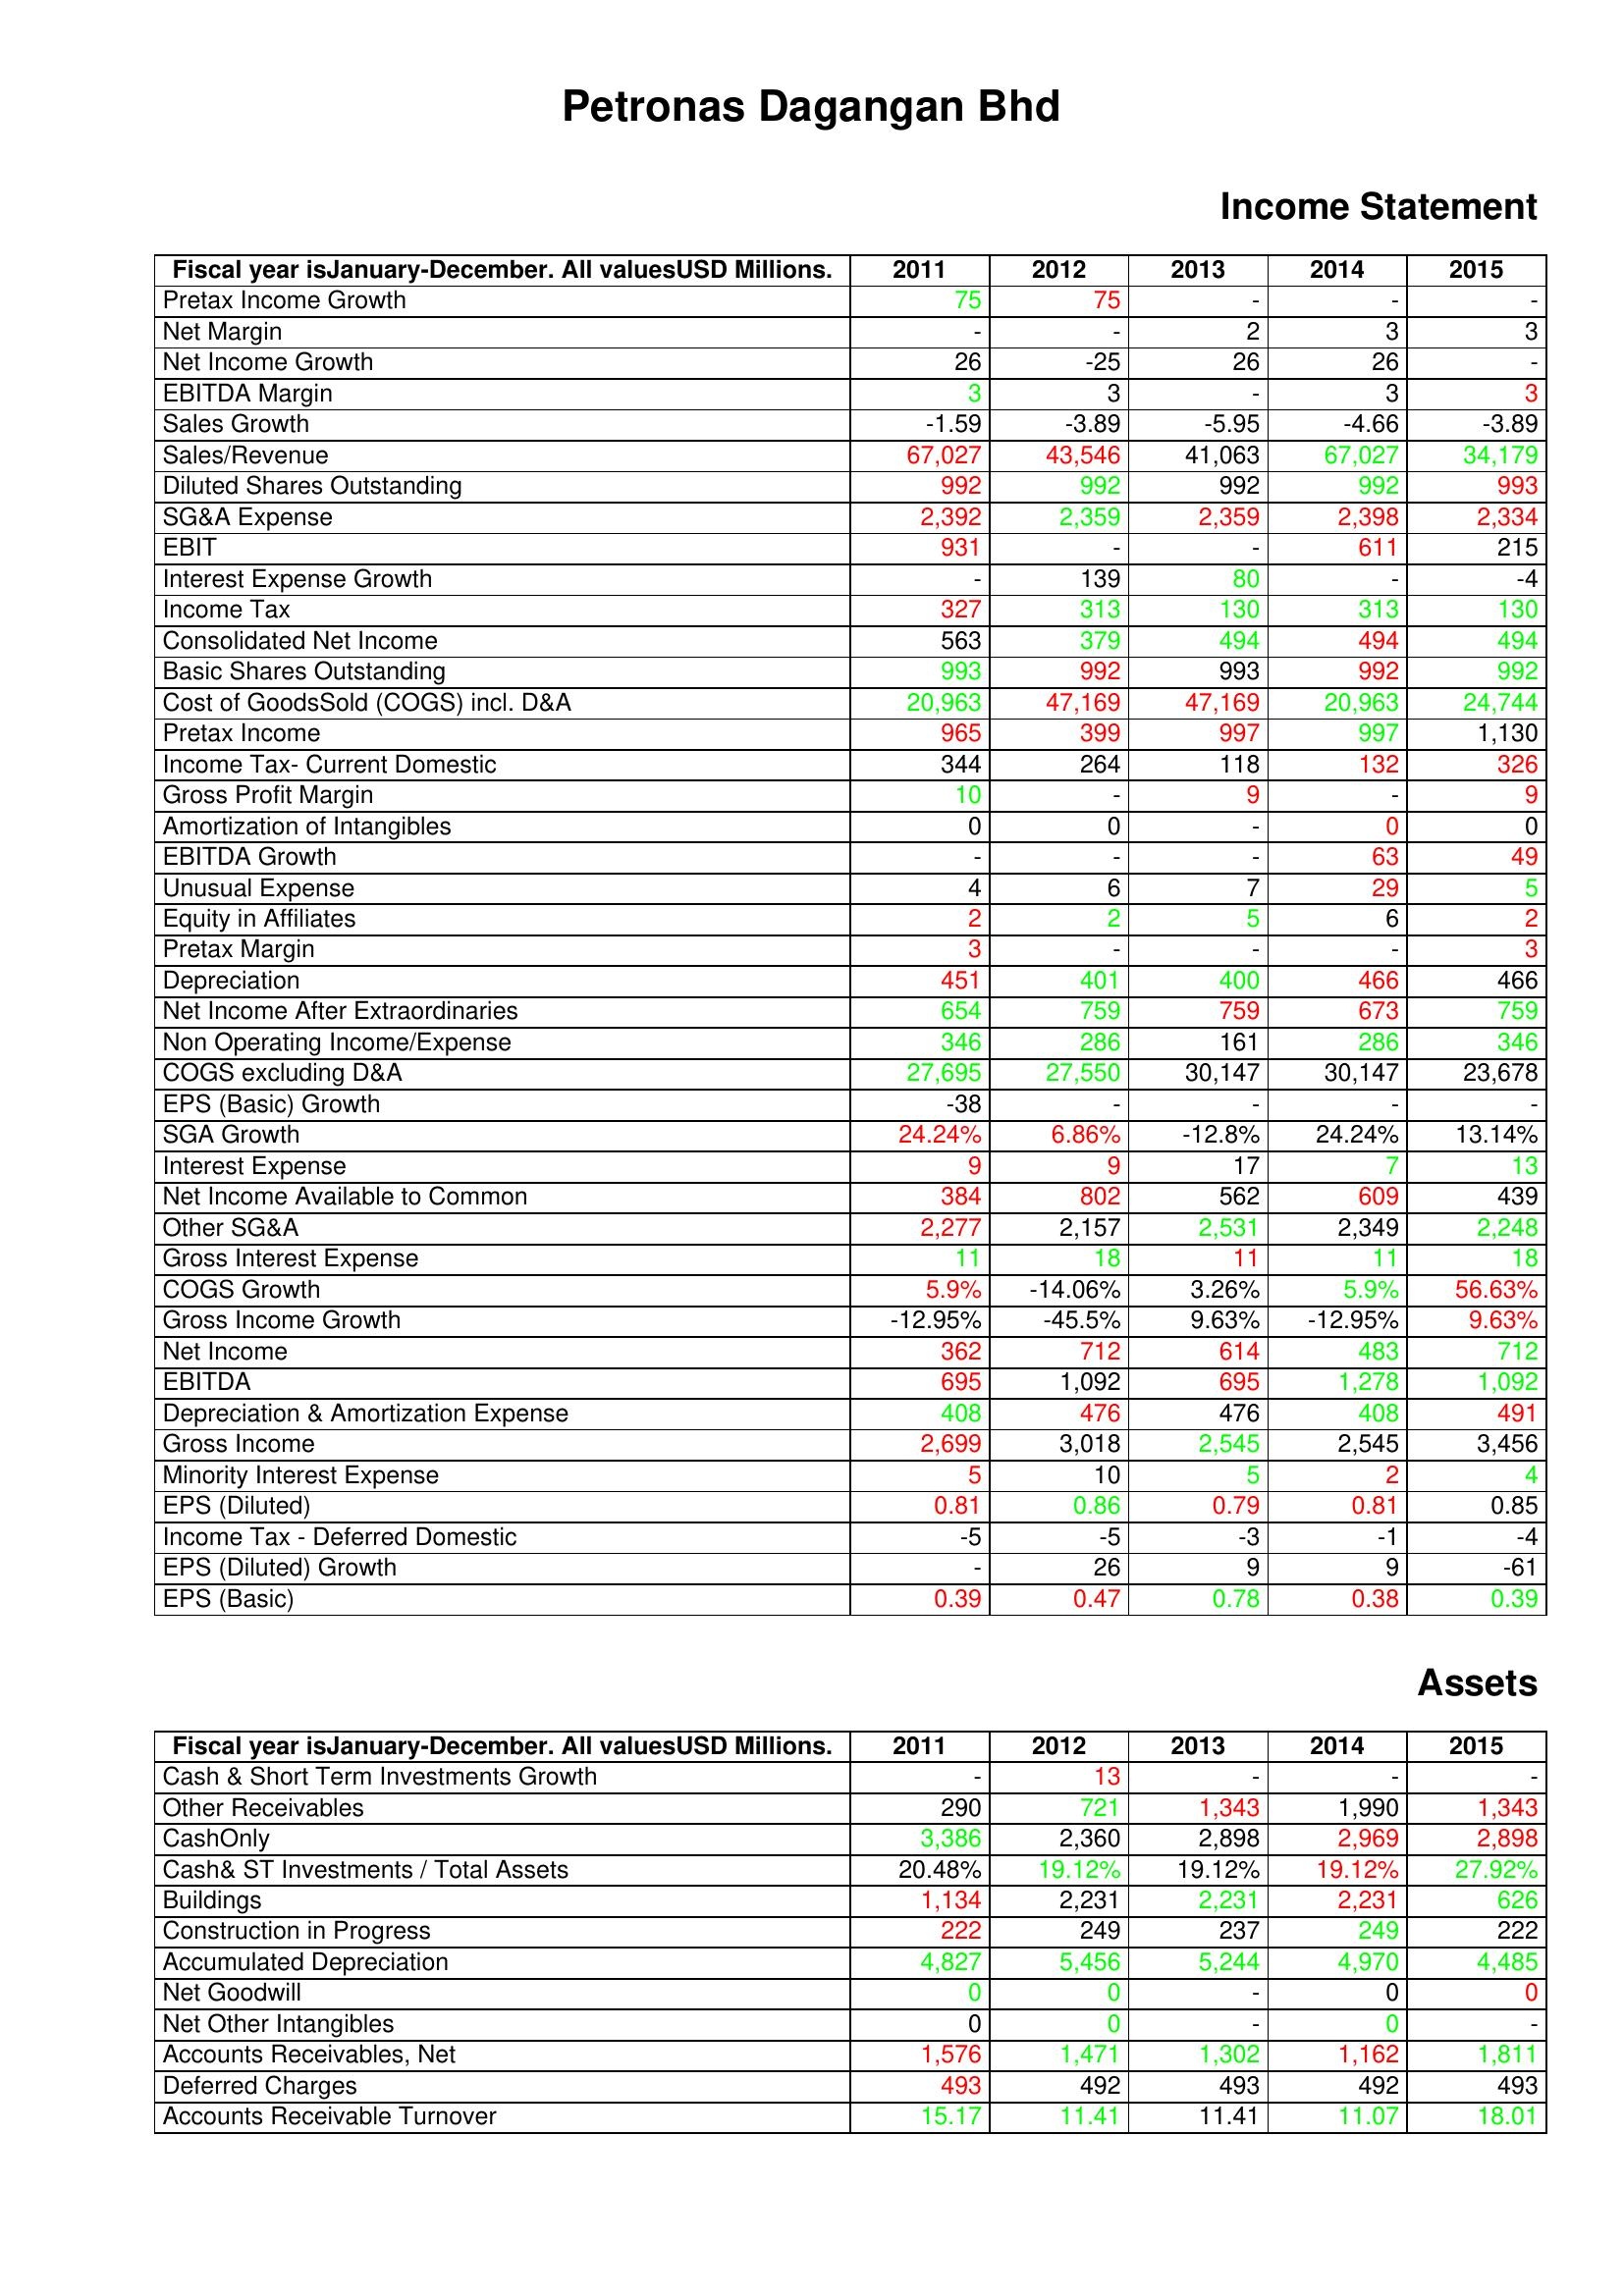
gt_parse: 2011: Income Statement: Pretax Income Growth: 75
Net Margin: -
Net Income Growth: 26
EBITDA Margin: 3
Sales Growth: -1.59
Sales/Revenue: 67,027
Diluted Shares Outstanding: 992
SG&A Expense: 2,392
EBIT: 931
Interest Expense Growth: -
Income Tax: 327
Consolidated Net Income: 563
Basic Shares Outstanding: 993
Cost of GoodsSold (COGS) incl. D&A: 20,963
Pretax Income: 965
Income Tax- Current Domestic: 344
Gross Profit Margin: 10
Amortization of Intangibles: 0
EBITDA Growth: -
Unusual Expense: 4
Equity in Affiliates: 2
Pretax Margin: 3
Depreciation: 451
Net Income After Extraordinaries: 654
Non Operating Income/Expense: 346
COGS excluding D&A: 27,695
EPS (Basic) Growth: -38
SGA Growth: 24.24%
Interest Expense: 9
Net Income Available to Common: 384
Other SG&A: 2,277
Gross Interest Expense: 11
COGS Growth: 5.9%
Gross Income Growth: -12.95%
Net Income: 362
EBITDA: 695
Depreciation & Amortization Expense: 408
Gross Income: 2,699
Minority Interest Expense: 5
EPS (Diluted): 0.81
Income Tax - Deferred Domestic: -5
EPS (Diluted) Growth: -
EPS (Basic): 0.39
Assets: Cash & Short Term Investments Growth: -
Other Receivables: 290
CashOnly: 3,386
Cash& ST Investments / Total Assets: 20.48%
Buildings: 1,134
Construction in Progress: 222
Accumulated Depreciation: 4,827
Net Goodwill: 0
Net Other Intangibles: 0
Accounts Receivables, Net: 1,576
Deferred Charges: 493
Accounts Receivable Turnover: 15.17
2012: Income Statement: Pretax Income Growth: 75
Net Margin: -
Net Income Growth: -25
EBITDA Margin: 3
Sales Growth: -3.89
Sales/Revenue: 43,546
Diluted Shares Outstanding: 992
SG&A Expense: 2,359
EBIT: -
Interest Expense Growth: 139
Income Tax: 313
Consolidated Net Income: 379
Basic Shares Outstanding: 992
Cost of GoodsSold (COGS) incl. D&A: 47,169
Pretax Income: 399
Income Tax- Current Domestic: 264
Gross Profit Margin: -
Amortization of Intangibles: 0
EBITDA Growth: -
Unusual Expense: 6
Equity in Affiliates: 2
Pretax Margin: -
Depreciation: 401
Net Income After Extraordinaries: 759
Non Operating Income/Expense: 286
COGS excluding D&A: 27,550
EPS (Basic) Growth: -
SGA Growth: 6.86%
Interest Expense: 9
Net Income Available to Common: 802
Other SG&A: 2,157
Gross Interest Expense: 18
COGS Growth: -14.06%
Gross Income Growth: -45.5%
Net Income: 712
EBITDA: 1,092
Depreciation & Amortization Expense: 476
Gross Income: 3,018
Minority Interest Expense: 10
EPS (Diluted): 0.86
Income Tax - Deferred Domestic: -5
EPS (Diluted) Growth: 26
EPS (Basic): 0.47
Assets: Cash & Short Term Investments Growth: 13
Other Receivables: 721
CashOnly: 2,360
Cash& ST Investments / Total Assets: 19.12%
Buildings: 2,231
Construction in Progress: 249
Accumulated Depreciation: 5,456
Net Goodwill: 0
Net Other Intangibles: 0
Accounts Receivables, Net: 1,471
Deferred Charges: 492
Accounts Receivable Turnover: 11.41
2013: Income Statement: Pretax Income Growth: -
Net Margin: 2
Net Income Growth: 26
EBITDA Margin: -
Sales Growth: -5.95
Sales/Revenue: 41,063
Diluted Shares Outstanding: 992
SG&A Expense: 2,359
EBIT: -
Interest Expense Growth: 80
Income Tax: 130
Consolidated Net Income: 494
Basic Shares Outstanding: 993
Cost of GoodsSold (COGS) incl. D&A: 47,169
Pretax Income: 997
Income Tax- Current Domestic: 118
Gross Profit Margin: 9
Amortization of Intangibles: -
EBITDA Growth: -
Unusual Expense: 7
Equity in Affiliates: 5
Pretax Margin: -
Depreciation: 400
Net Income After Extraordinaries: 759
Non Operating Income/Expense: 161
COGS excluding D&A: 30,147
EPS (Basic) Growth: -
SGA Growth: -12.8%
Interest Expense: 17
Net Income Available to Common: 562
Other SG&A: 2,531
Gross Interest Expense: 11
COGS Growth: 3.26%
Gross Income Growth: 9.63%
Net Income: 614
EBITDA: 695
Depreciation & Amortization Expense: 476
Gross Income: 2,545
Minority Interest Expense: 5
EPS (Diluted): 0.79
Income Tax - Deferred Domestic: -3
EPS (Diluted) Growth: 9
EPS (Basic): 0.78
Assets: Cash & Short Term Investments Growth: -
Other Receivables: 1,343
CashOnly: 2,898
Cash& ST Investments / Total Assets: 19.12%
Buildings: 2,231
Construction in Progress: 237
Accumulated Depreciation: 5,244
Net Goodwill: -
Net Other Intangibles: -
Accounts Receivables, Net: 1,302
Deferred Charges: 493
Accounts Receivable Turnover: 11.41
2014: Income Statement: Pretax Income Growth: -
Net Margin: 3
Net Income Growth: 26
EBITDA Margin: 3
Sales Growth: -4.66
Sales/Revenue: 67,027
Diluted Shares Outstanding: 992
SG&A Expense: 2,398
EBIT: 611
Interest Expense Growth: -
Income Tax: 313
Consolidated Net Income: 494
Basic Shares Outstanding: 992
Cost of GoodsSold (COGS) incl. D&A: 20,963
Pretax Income: 997
Income Tax- Current Domestic: 132
Gross Profit Margin: -
Amortization of Intangibles: 0
EBITDA Growth: 63
Unusual Expense: 29
Equity in Affiliates: 6
Pretax Margin: -
Depreciation: 466
Net Income After Extraordinaries: 673
Non Operating Income/Expense: 286
COGS excluding D&A: 30,147
EPS (Basic) Growth: -
SGA Growth: 24.24%
Interest Expense: 7
Net Income Available to Common: 609
Other SG&A: 2,349
Gross Interest Expense: 11
COGS Growth: 5.9%
Gross Income Growth: -12.95%
Net Income: 483
EBITDA: 1,278
Depreciation & Amortization Expense: 408
Gross Income: 2,545
Minority Interest Expense: 2
EPS (Diluted): 0.81
Income Tax - Deferred Domestic: -1
EPS (Diluted) Growth: 9
EPS (Basic): 0.38
Assets: Cash & Short Term Investments Growth: -
Other Receivables: 1,990
CashOnly: 2,969
Cash& ST Investments / Total Assets: 19.12%
Buildings: 2,231
Construction in Progress: 249
Accumulated Depreciation: 4,970
Net Goodwill: 0
Net Other Intangibles: 0
Accounts Receivables, Net: 1,162
Deferred Charges: 492
Accounts Receivable Turnover: 11.07
2015: Income Statement: Pretax Income Growth: -
Net Margin: 3
Net Income Growth: -
EBITDA Margin: 3
Sales Growth: -3.89
Sales/Revenue: 34,179
Diluted Shares Outstanding: 993
SG&A Expense: 2,334
EBIT: 215
Interest Expense Growth: -4
Income Tax: 130
Consolidated Net Income: 494
Basic Shares Outstanding: 992
Cost of GoodsSold (COGS) incl. D&A: 24,744
Pretax Income: 1,130
Income Tax- Current Domestic: 326
Gross Profit Margin: 9
Amortization of Intangibles: 0
EBITDA Growth: 49
Unusual Expense: 5
Equity in Affiliates: 2
Pretax Margin: 3
Depreciation: 466
Net Income After Extraordinaries: 759
Non Operating Income/Expense: 346
COGS excluding D&A: 23,678
EPS (Basic) Growth: -
SGA Growth: 13.14%
Interest Expense: 13
Net Income Available to Common: 439
Other SG&A: 2,248
Gross Interest Expense: 18
COGS Growth: 56.63%
Gross Income Growth: 9.63%
Net Income: 712
EBITDA: 1,092
Depreciation & Amortization Expense: 491
Gross Income: 3,456
Minority Interest Expense: 4
EPS (Diluted): 0.85
Income Tax - Deferred Domestic: -4
EPS (Diluted) Growth: -61
EPS (Basic): 0.39
Assets: Cash & Short Term Investments Growth: -
Other Receivables: 1,343
CashOnly: 2,898
Cash& ST Investments / Total Assets: 27.92%
Buildings: 626
Construction in Progress: 222
Accumulated Depreciation: 4,485
Net Goodwill: 0
Net Other Intangibles: -
Accounts Receivables, Net: 1,811
Deferred Charges: 493
Accounts Receivable Turnover: 18.01